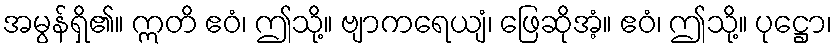
အမွန်ရှိ၏။ ဣတိ ဧဝံ၊ ဤသို့။ ဗျာကရေယျံ၊ ဖြေဆိုအံ့။ ဧဝံ၊ ဤသို့။ ပုဋ္ဌော၊